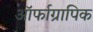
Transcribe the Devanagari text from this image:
ऑर्फाग्रापिक